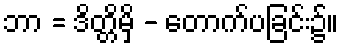
ဘာ = ဒိတ္တိမှိ - တောက်ပခြင်း၌။